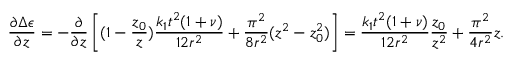
\frac { \partial \Delta \epsilon } { \partial z } = - \frac { \partial } { \partial z } \left[ ( 1 - \frac { z _ { 0 } } { z } ) \frac { k _ { 1 } t ^ { 2 } ( 1 + \nu ) } { 1 2 r ^ { 2 } } + \frac { \pi ^ { 2 } } { 8 r ^ { 2 } } ( z ^ { 2 } - z _ { 0 } ^ { 2 } ) \right] = \frac { k _ { 1 } t ^ { 2 } ( 1 + \nu ) } { 1 2 r ^ { 2 } } \frac { z _ { 0 } } { z ^ { 2 } } + \frac { \pi ^ { 2 } } { 4 r ^ { 2 } } z .